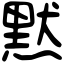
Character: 黙